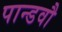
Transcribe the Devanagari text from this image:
पान्डवौ